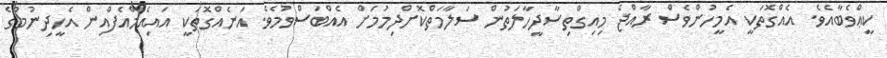
ކީޢްވެބާއެވެ. އެއްގޮތަކީ އެމީހުންވެސް ރާއްޖެ މިއިގްތިސާދީހާލަތުން ސަލާމަތްކޮށްދިމުމަށް އެއްބަސްވުމެވެ. އަނެއްގޮތަކީ އައިއެމްއެފްއިން އެހީދިނުމުގެ